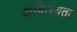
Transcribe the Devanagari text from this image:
अविलेयता